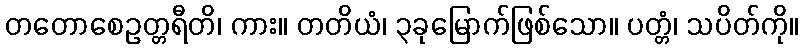
တတောစေဥတ္တရီတိ၊ ကား။ တတိယံ၊ ၃ခုမြောက်ဖြစ်သော။ ပတ္တံ၊ သပိတ်ကို။